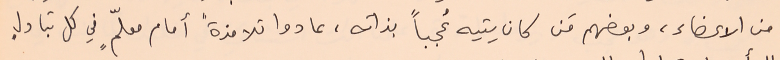
من الأعضاء، وبعضهم مَن كان يتيه عُجباً بذاته، عادوا تلامذةً أمام معلّمٍ في كل تبادلٍ